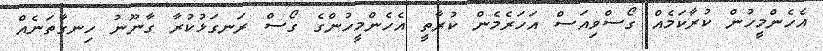
އެހެންމީހުން ކުރާކަމެއް ގޯސްވިއަސް އަހަރެމެން ކުރާތީ އެހެންމީހުންގެ ގޯސް ރަނގަޅުކުރާ ގާނޫނު ހިނގާތަނެއް